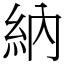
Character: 納